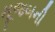
મૂજબની